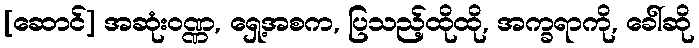
[ဆောင်] အဆုံးဝဏ္ဏ, ရှေ့အစက, ပြသည့်ထိုထို, အက္ခရာကို, ခေါ်ဆို